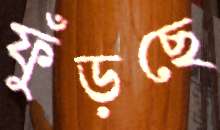
ফুঁড়ছে